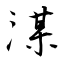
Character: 湈